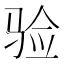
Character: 验